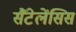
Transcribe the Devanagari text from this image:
सैंटेलेंसिस